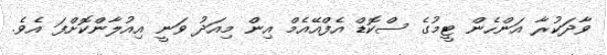
ވާދަކުރާ އަންހެން ޓީމުގެ ސްކޮޑް އެފްއޭއެމް އިން މިއަދު ވަނީ އިއުލާންކޮށްފަ އެވެ.